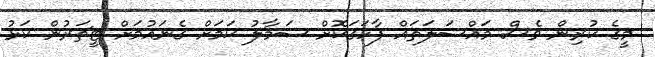
މީގެ ކުރިން ވެސް މައްސަލަތައް ފާހަގަކޮށް ސަމާލު ކަމަށް ގެނައުމަށް ޓީޗަރުން ކަޅު